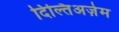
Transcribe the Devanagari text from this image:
दिल्तिअज़ेम